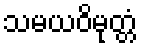
သမယဝိမုတ္တံ